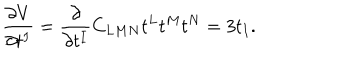
\frac { \partial V } { \partial t ^ { I } } = \frac { \partial } { \partial t ^ { I } } C _ { L M N } t ^ { L } t ^ { M } t ^ { N } = 3 t _ { I } .